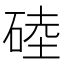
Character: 𥓪